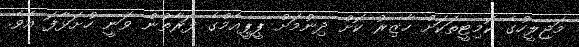
މަޖިލީހުގެ ކޮމިޓީތަކަށް ހާޒިރު ކޮށް ދިނުމަށް ޕީޕީއެމްގެ ފަރާތުން ވަނީ ހުށަޅާފަ އެވެ.